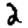
Digit: 2